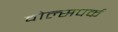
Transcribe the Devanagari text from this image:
वोल्सपर्क